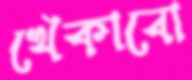
খেঁকাবো